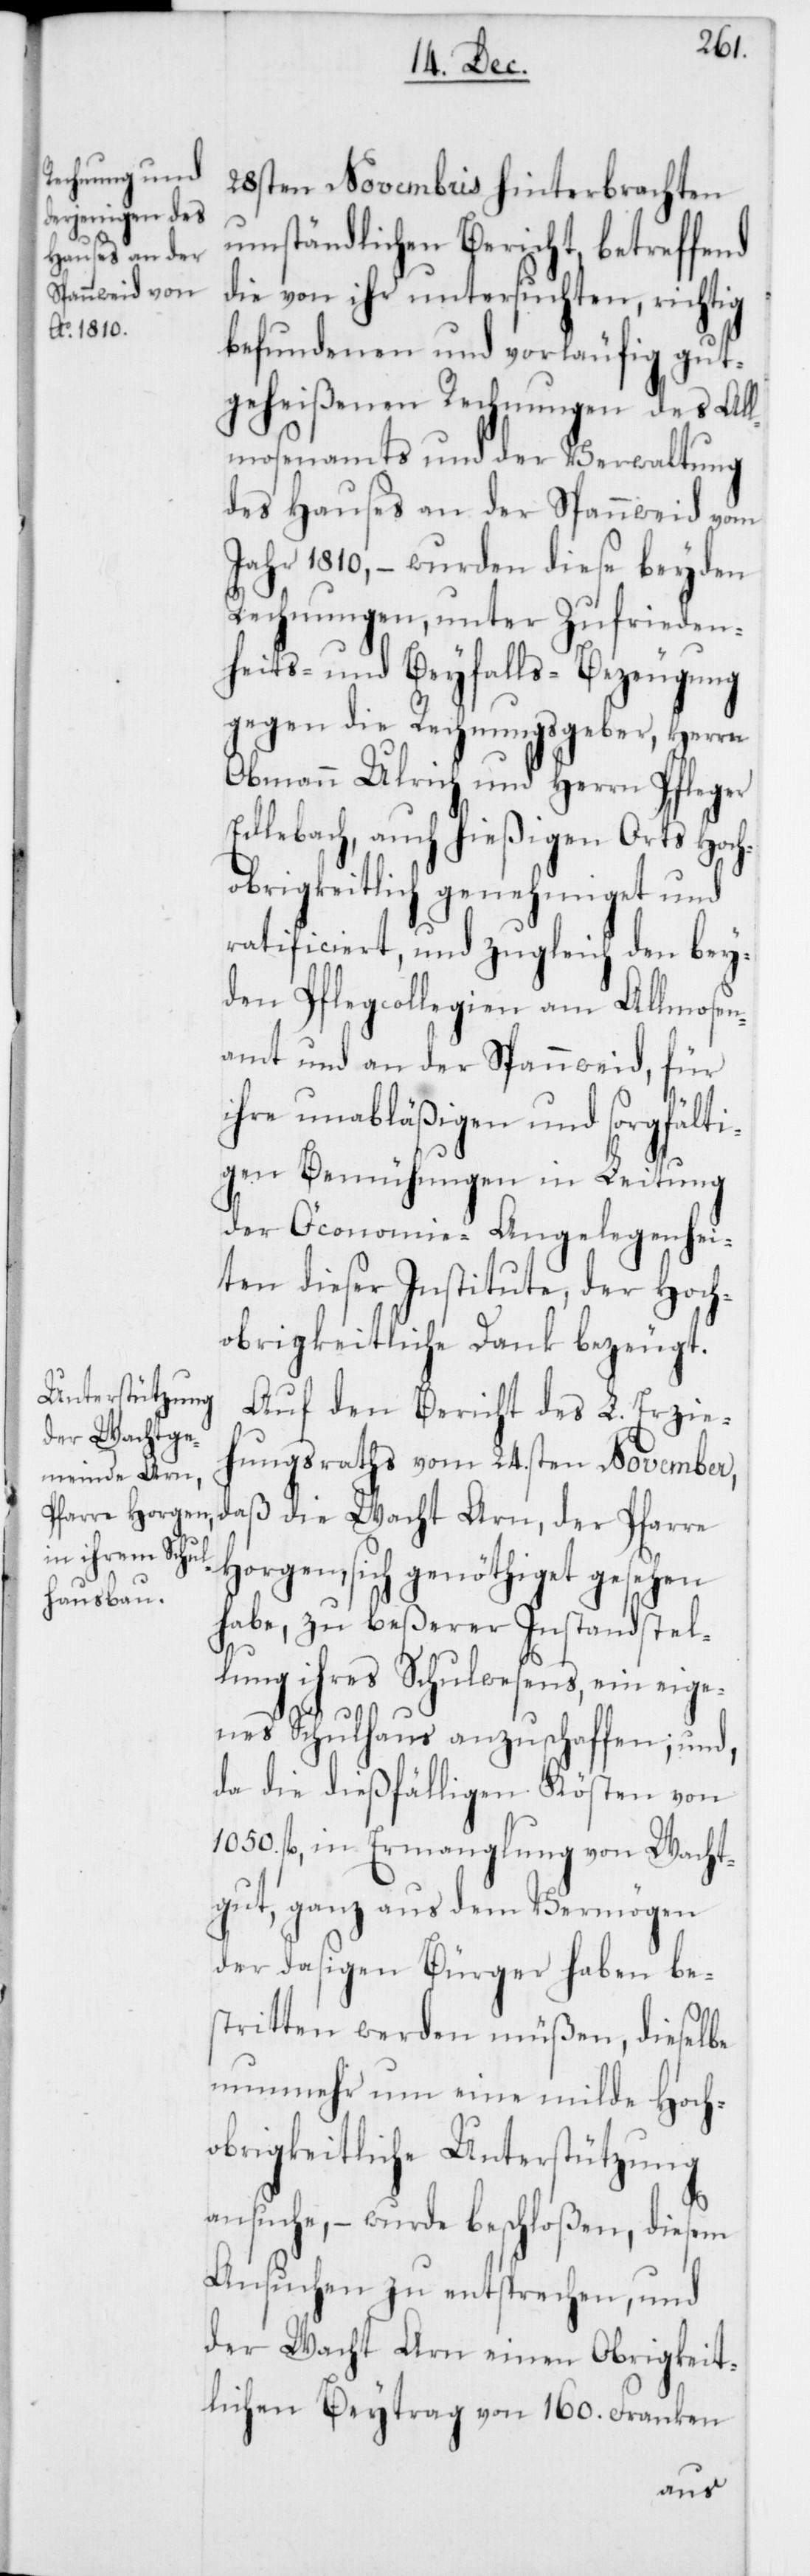
28sten Novembris hinterbrachten
umständlichen Bericht, betreffend
die von ihr untersuchten, richtig
befundenen und vorläufig gut¬
geheißenen Rechnungen des All¬
mosenamts und der Verwaltung
des Hauses an der Spannweid vom
Jahr 1810, – wurden diese beyden
Rechnungen, unter Zufrieden¬
heits- und Beyfalls-Bezeugung
gegen die Rechnungsgeber, Herrn
Obmann Ulrich und Herrn Pfleger
Edlebach, auch hießigen Orts Hoch¬
obrigkeitlich genehmiget und
ratificiert, und zugleich den bey¬
den Pflegcollegien am Allmosen¬
amt und an der Spannweid, für
ihre unabläßigen und sorgfälti¬
gen Bemühungen in Leitung
der Öconomie-Angelegenhei¬
ten dieser Institute, der Hoch¬
obrigkeitliche Dank bezeugt.
Auf den Bericht des L. Erzie¬
hungsraths vom 24.sten November,
daß die Wacht Arn, der Pfarre
Horgen, sich genöthiget gesehen
habe, zu beßerer Instandstel¬
lung ihres Schulwesens, ein eige¬
nes Schulhaus anzuschaffen; und,
da die dießfälligen Kösten von
1050. fl., in Ermanglung von Wacht¬
gut, ganz aus dem Vermögen
der dasigen Bürger haben be¬
stritten werden müßen, dieselbe
nunmehr um eine milde Hoch¬
obrigkeitliche Unterstützung
ansuche, – wurde beschloßen, diesem
Ansuchen zu entsprechen, und
der Wacht Arn einen Obrigkeit¬
lichen Beytrag von 160. Franken